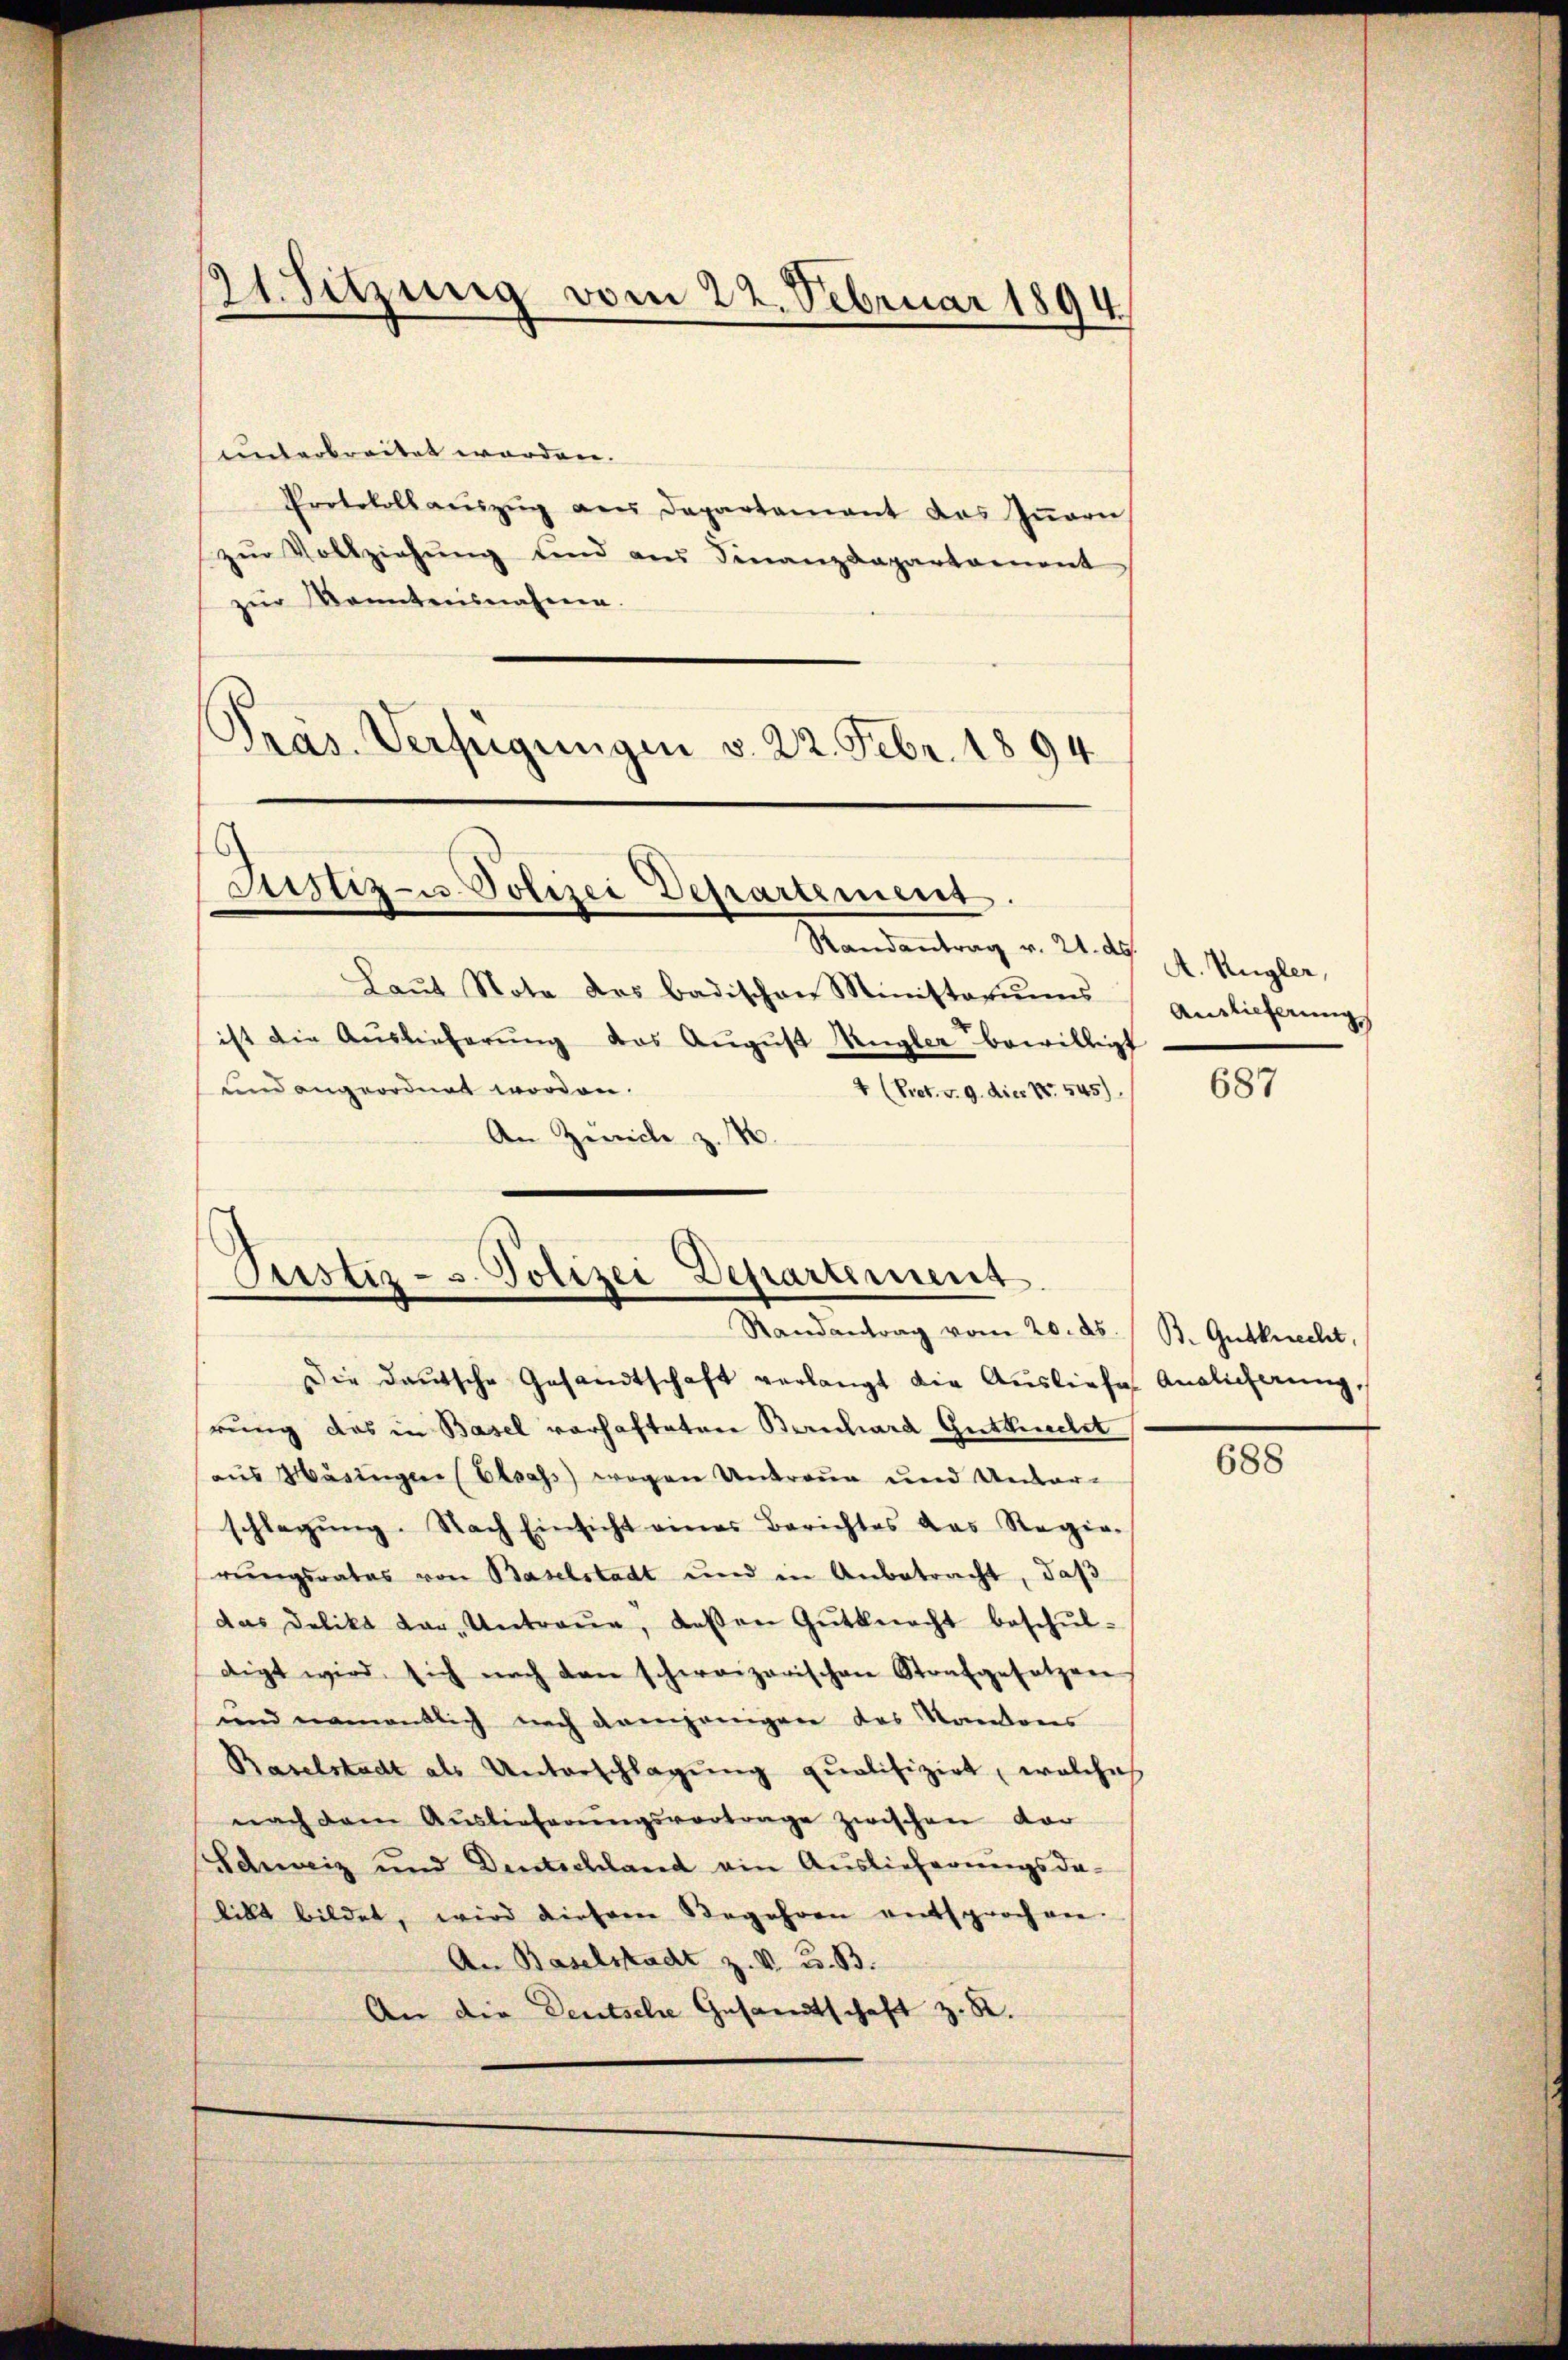
21. Sitzung vom 22. Februar 1894

unterbreitet worden.
Protokollaŭszŭg an Departament des Iṅern
zŭr Vollziehŭng und aus Finanzdepartament
zur Konntensnahme.
Pras. Verfügungen v. 22. Febr. 1894.

Justiz- u. Polizei Departement.
Randantrag v. 21. d. A. Kugler,

Laŭt Nota das badischen Ministoriums
ist die Auslieferŭng das Aŭgŭst Ungler bewilligt
und angeordnet worden.
4 (Pret. v. 9. die Nr. 545).
An Zürich z. B.

Justiz- u. Polizei Departement
Randantrag vom 20. ds. B. Gutknecht,

Auslieferung

Die deutsche Gesandtschaft verlangt die Ausliefe Auslicherung,
rung das in Basel vorhafteten Berichard Gutthielt
aus Masingen (Elsass wegen Untreue und Unter-
schlagung. Nach Einsicht eines Berichtes das Regie-
rungsrates von Baselstadt und in Anbetracht, daß
das Delikt dar. Untreue, deßen Gutknecht beschŭl-
digt wird sich nach den schweizerischen Strafgesetzen
und namentlich nach denjenigen das Kantons
Baselstadt als Unterschlagung qualifizirt, welches
nach dem Auslieferŭngsvortrage zwischen dar
Schweiz und Deutschland ain Auslieferungsda-
libt bildet, wird diesem Begehren entsprochen.
An Baselstadt z. V. C. B.
An die Deutsche Gesandtschaft z. St.

687

688